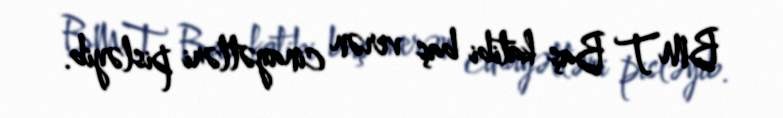
BMT Baş katibi baş verən cinayətləri pisləyib.